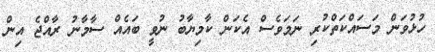
ހުޅުވަން މަސައްކަތްކުރި ނަމަވެސް އެކަން ކާމިޔާބު ނުވީ ބައެއް ސާމާނު ރާއްޖެ އިން